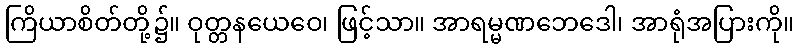
ကြိယာစိတ်တို့၌။ ဝုတ္တနယေဝေ၊ ဖြင့်သာ။ အာရမ္မဏဘေဒေါ၊ အာရုံအပြားကို။